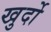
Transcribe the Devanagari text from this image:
खुर्दो